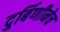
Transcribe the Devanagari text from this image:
दुर्बिणीनेच